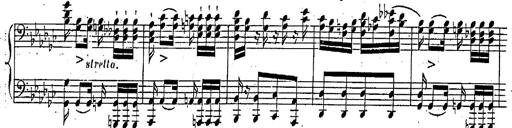
Title: Marche et Cavatine de Lucie de Lammermoor, S.398
Composer: Franz Liszt